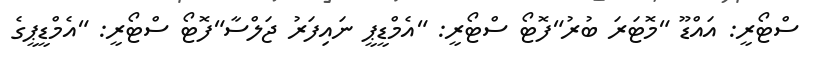
ސްޓޯރީ: އައްޑޫ "މޮޓަރަ ބުރު"ފޮޓޯ ސްޓޯރީ: "އެމްޑީޕީ ނައިފަރު ޖަލްސާ"ފޮޓޯ ސްޓޯރީ: "އެމްޑީޕީގެ